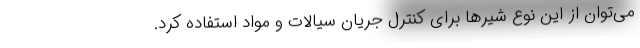
می‌توان از این نوع شیرها برای کنترل جریان سیالات و مواد استفاده کرد.